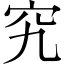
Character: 究